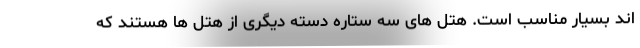
اند بسیار مناسب است. هتل های سه ستاره دسته دیگری از هتل ها هستند که‌